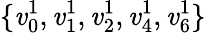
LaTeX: \{ \mathit{v}_{0}^{1},\mathit{v}_{1}^{1},\mathit{v}_{2}^{1},\mathit{v}_{4}^{1},\mathit{v}_{6}^{1}\}